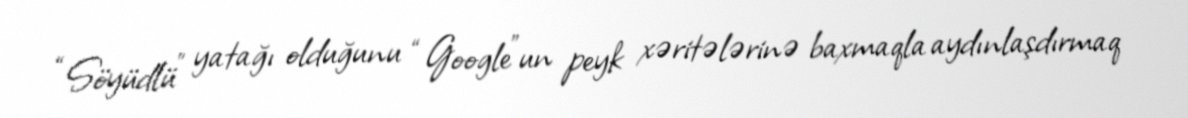
“Söyüdlü” yatağı olduğunu “Google”un peyk xəritələrinə baxmaqla aydınlaşdırmaq